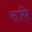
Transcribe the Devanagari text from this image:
रूपि